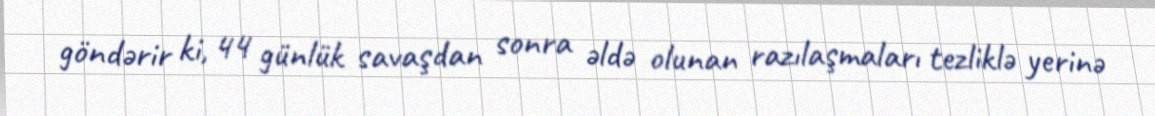
göndərir ki, 44 günlük savaşdan sonra əldə olunan razılaşmaları tezliklə yerinə